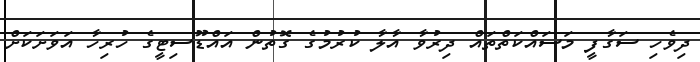
ދިވެހި ސަގާފީ މަސައްކަތްތައް ދިރުވާ އާލާ ކުރުމުގެ ގޮތުން އައްޑޫސިޓީގެ ހުރިހާ އަވަށަކަށް